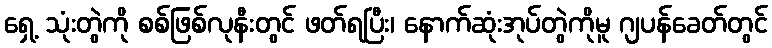
ရှေ့ သုံးတွဲကို စစ်ဖြစ်လုနီးတွင် ဖတ်ရပြီး၊ နောက်ဆုံးအုပ်တွဲကိုမူ ဂျပန်ခေတ်တွင်